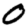
Digit: 0